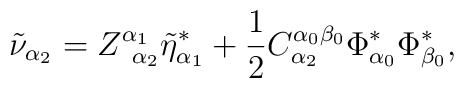
\tilde \nu _{\alpha _2}=Z_{\;\;\alpha _2}^{\alpha _1}\tilde \eta_{\alpha _1}^{*}+\frac 12C_{\alpha _2}^{\alpha _0\beta _0}\Phi _{\alpha_0}^{*}\Phi _{\beta _0}^{*},